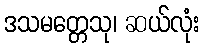
ဒသမတ္တေသု၊ ဆယ်လုံး